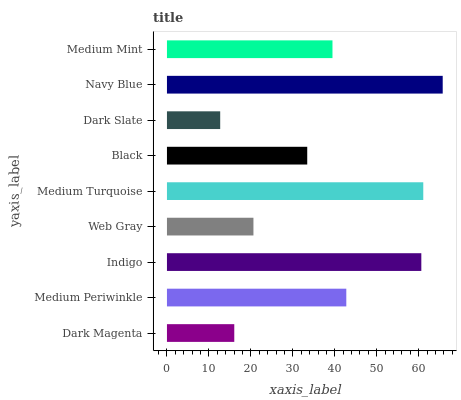
| yaxis_label | bars |
 | --- | --- |
 | Dark Magenta | 16 |
 | Medium Periwinkle | 42.7 |
 | Indigo | 60.6 |
 | Web Gray | 20.6 |
 | Medium Turquoise | 61.1 |
 | Black | 33.4 |
 | Dark Slate | 12.7 |
 | Navy Blue | 65.7 |
 | Medium Mint | 39.4 |